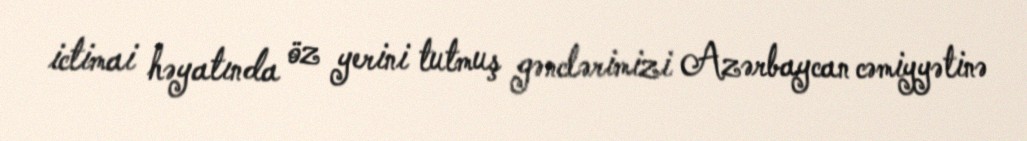
ictimai həyatında öz yerini tutmuş gənclərimizi Azərbaycan cəmiyyətinə